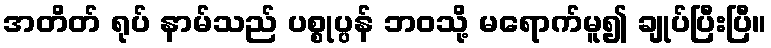
အတိတ် ရုပ် နာမ်သည် ပစ္စုပ္ပန် ဘဝသို့ မရောက်မူ၍ ချုပ်ပြီးပြီ။